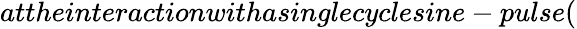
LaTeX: attheinteractionwithasinglecyclesine-pulse(